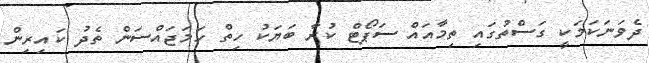
ދެވަނަކަމަކީ ގަސްތުގައި ތިމާއައް ސަޕޯޓް ކުރާ ބަޔަކު ހިތް ހަމަޖައްސަން ތެދު ކައިރިން